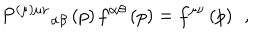
LaTeX: P ^ { ( \mu ) \mu \nu } { } _ { \alpha \beta } \left( p \right) f ^ { \alpha \beta } \left( p \right) = f ^ { \mu \nu } \left( p \right) \; \, ,